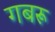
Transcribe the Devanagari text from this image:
गबरू